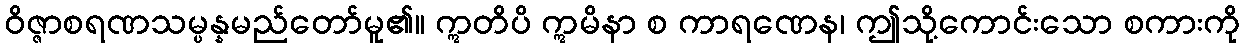
ဝိဇ္ဇာစရဏသမ္ပန္နမည်တော်မူ၏။ ဣတိပိ ဣမိနာ စ ကာရဏေန၊ ဤသို့ကောင်းသော စကားကို